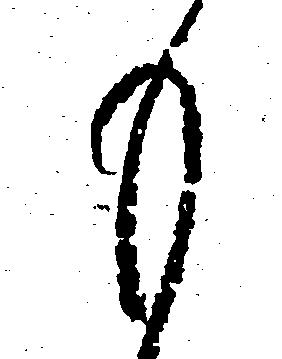
も